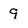
Character: 9